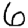
Digit: 6